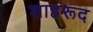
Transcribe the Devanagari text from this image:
शाहरूद